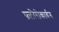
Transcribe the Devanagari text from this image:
फ़्लोरोकार्बन